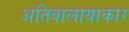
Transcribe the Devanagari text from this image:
अतिवालायाकार